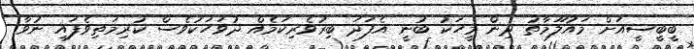
ބީބީސީއަށް މައުލޫމާތު ދިން މީހަކު ބުނީ އެފަދަ ބިރުވެރިކަމެއް ދުވަހަކުވެސް ކުރިމަތިވެފައި ނުވާ